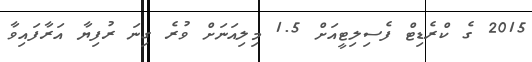
2015 ގެ ކްރެޑިޓް ފެސިލިޓީއަށް 1.5 މިލިއަނަށް ވުރެ ގިނަ ރުފިޔާ އަރާފައިވާ